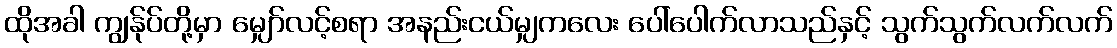
ထိုအခါ ကျွန်ုပ်တို့မှာ မျှော်လင့်စရာ အနည်းငယ်မျှကလေး ပေါ်ပေါက်လာသည်နှင့် သွက်သွက်လက်လက်